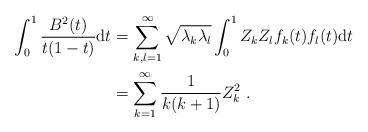
\begin{align*}\int_0^1\frac{B^2(t) }{t(1-t)}\mathrm{d}t&=\sum_{k,l=1}^{\infty}\sqrt{\lambda_k\lambda_l}\int_{0}^{1}Z_kZ_l f_k(t)f_l(t)\mathrm{d}t\\&=\sum_{k=1}^{\infty}\frac{1}{k(k+1)}Z_k^2\ .\end{align*}